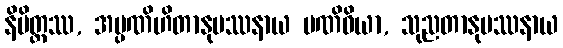
နိမိတ္တဿ, အပ္ပဏိဟိတာနုပဿနာယ ပဏိဓိယာ, သုညတာနုပဿနာယ